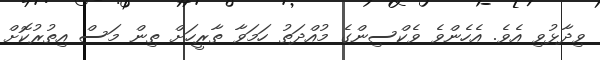
ވިދާޅުވި އެވެ. އެހެންވެ ވެކްސިންގެ މުއްދަތު ހަމަވާ ތާރީހަށް ތިން މަސް އިތުރުކޮށް